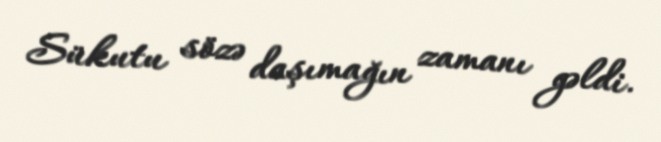
Sükutu sözə daşımağın zamanı gəldi.